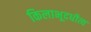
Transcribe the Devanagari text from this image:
किलाभूदधीत्य